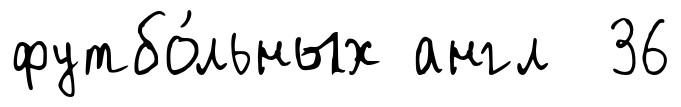
футбо́льных англ 36